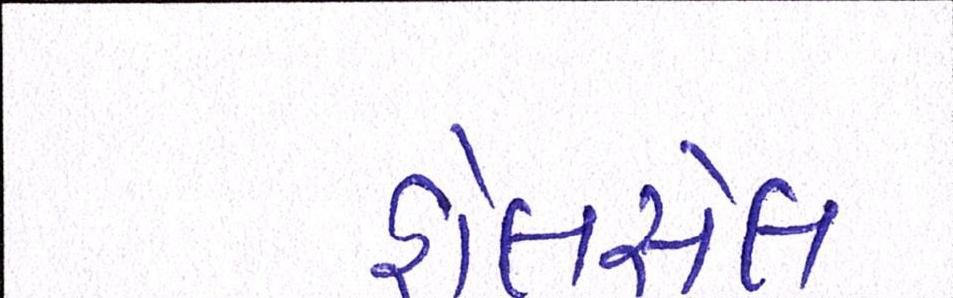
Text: હોલસેલ